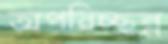
অপরিচ্ছন্ন